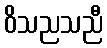
ဝိသညသညီ